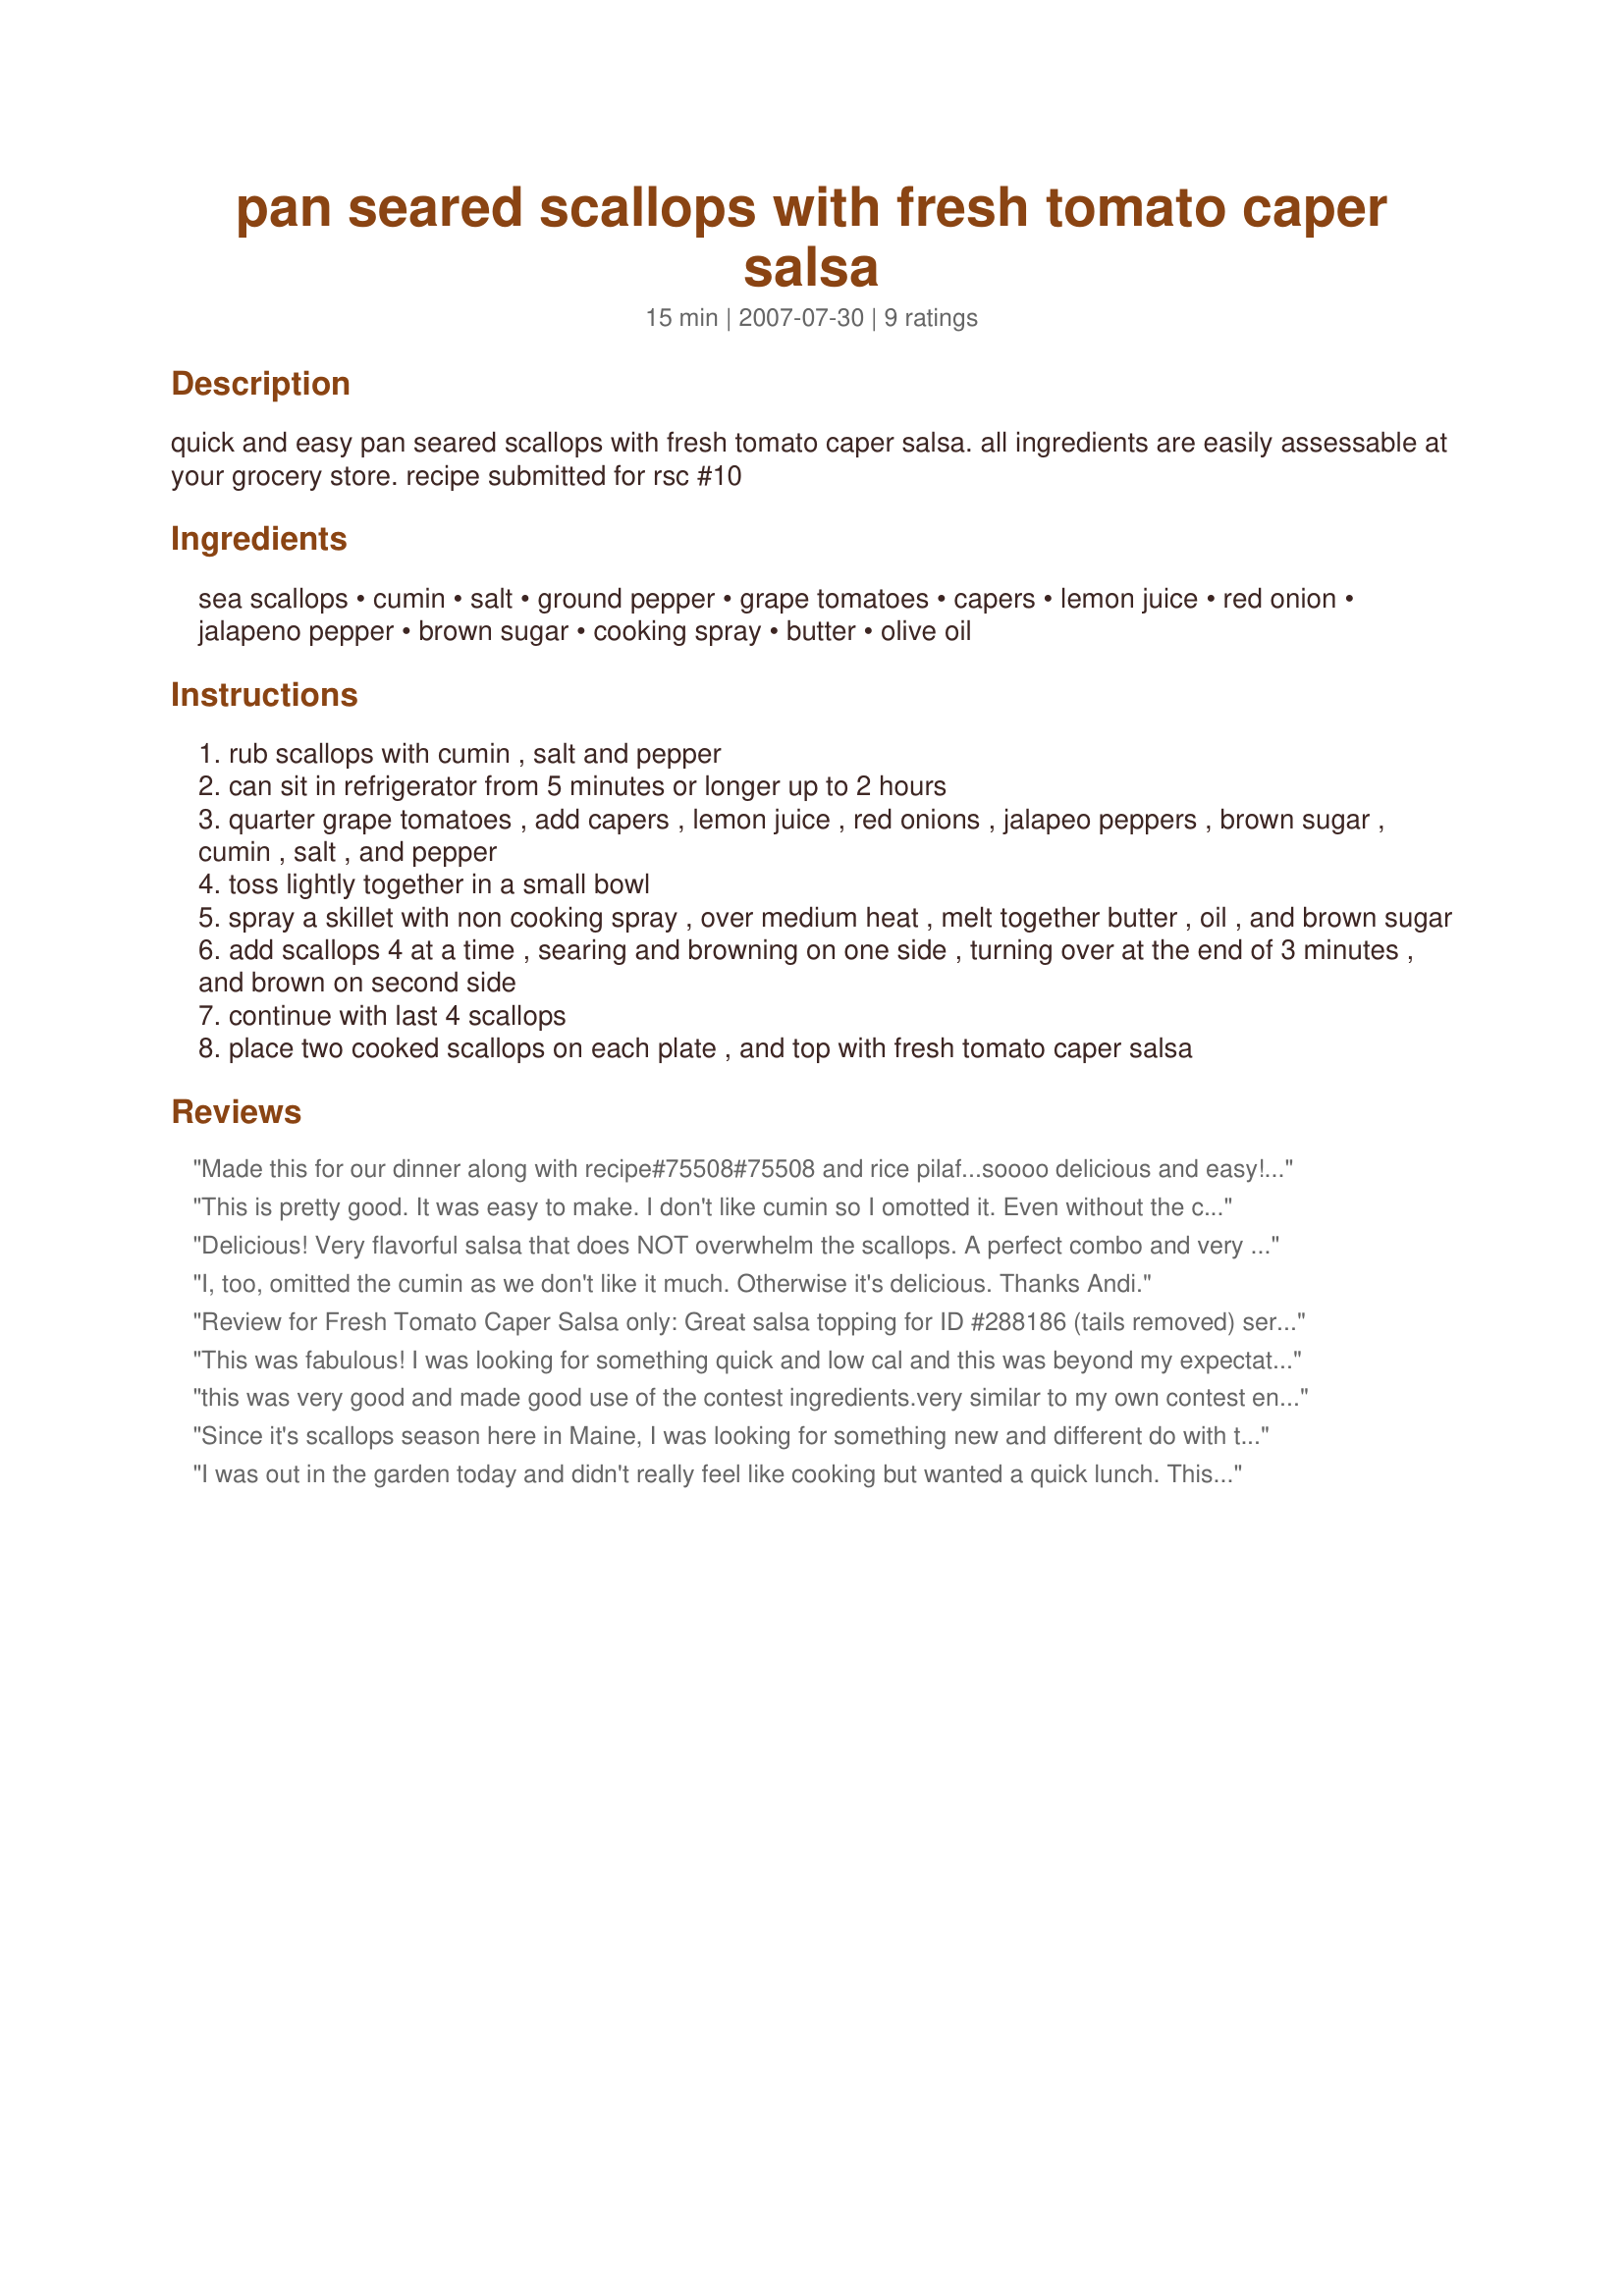
pan seared scallops with fresh tomato caper salsa
Preparation time: 15 minutes

quick and easy pan seared scallops with fresh tomato caper salsa. all ingredients are easily assessable at your grocery store. recipe submitted for rsc #10

Ingredients:
sea scallops, cumin, salt, ground pepper, grape tomatoes, capers, lemon juice, red onion, jalapeno pepper, brown sugar, cooking spray, butter, olive oil

Steps:
rub scallops with cumin , salt and pepper
can sit in refrigerator from 5 minutes or longer up to 2 hours
quarter grape tomatoes , add capers , lemon juice , red onions , jalapeo peppers , brown sugar , cumin , salt , and pepper
toss lightly together in a small bowl
spray a skillet with non cooking spray , over medium heat , melt together butter , oil , and brown sugar
add scallops 4 at a time , searing and browning on one side , turning over at the end of 3 minutes , and brown on second side
continue with last 4 scallops
place two cooked scallops on each plate , and top with fresh tomato caper salsa

Reviews:
Made this for our dinner along with recipe#75508#75508 and rice pilaf...soooo delicious and easy! I had never had a salsa with capers (I love capers) but I was curious how it would taste...wonderful! I followed the instructions completely only adding a little cilantro to my salsa. Definately going into my "Favorites of 2011". Made for Bounce the Ball for Summer Fun Tag Game. Thank you Andi for another wonderful recipe!
This is pretty good. It was easy to make. I don't like cumin so I omotted it. Even without the cumin, the salso was good. I will probably make this recipe again but I think I will add cilantro to the salss. I made this for the RSC #10 Cooking Contest.
Delicious! Very flavorful salsa that does NOT overwhelm the scallops. A perfect combo and very pretty presentation. Thanks again, Andi!
I, too, omitted the cumin as we don't like it much. Otherwise it's delicious. Thanks Andi.
Review for Fresh Tomato Caper Salsa only: Great salsa topping for ID #288186 (tails removed) served over a bed of fancy greens. Just perfect for a hot summer night. Thanks for posting Andi!
This was fabulous! I was looking for something quick and low cal and this was beyond my expectations! I just added more heat by using more jalepeno with seeds! Loved it and will make again and again!! Thanks!
this was very good and made good use of the contest ingredients.very similar to my own contest entry too, except mine used a fresh no cook sauce.
Since it's scallops season here in Maine, I was looking for something new and different do with them, rather than fall back on old favorites. This recipe definitely hit the spot: the perfect combination of sweet, sour, salty, and spicy! Thanks for posting!
I was out in the garden today and didn't really feel like cooking but wanted a quick lunch. This was perfect! I kept to the recipe as written and really enjoyed every bite. It was just enough for me to adventure back to the garden. Thank you Andi of Longmeadow Farm
